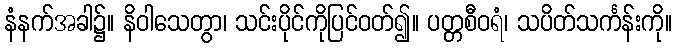
နံနက်အခါ၌။ နိဝါသေတွာ၊ သင်းပိုင်ကိုပြင်ဝတ်၍။ ပတ္တစီဝရံ၊ သပိတ်သင်္ကန်းကို။